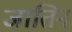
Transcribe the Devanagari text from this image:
जातिन